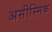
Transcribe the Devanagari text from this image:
असीस्मिक